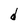
Character: d